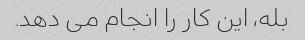
بله، این کار را انجام می دهد.